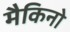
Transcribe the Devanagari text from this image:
मैकिनो